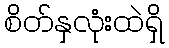
စိတ်နှလုံးထဲရှိ